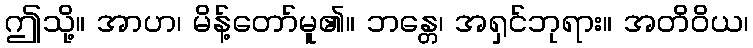
ဤသို့။ အာဟ၊ မိန့်တော်မူ၏။ ဘန္တေ၊ အရှင်ဘုရား။ အတိဝိယ၊